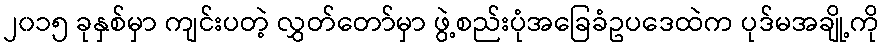
၂၀၁၅ ခုနှစ်မှာ ကျင်းပတဲ့ လွှတ်တော်မှာ ဖွဲ့စည်းပုံအခြေခံဥပဒေထဲက ပုဒ်မအချို့ကို